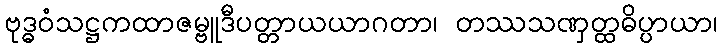
ဗုဒ္ဓဝံသဋ္ဌကထာဇမ္ဗူဒီပတ္တာယယာဂတာ၊ တဿသဏှတ္ထဓိပ္ပာယာ၊